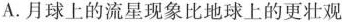
A.月球上的流星现象比地球上的更壮观